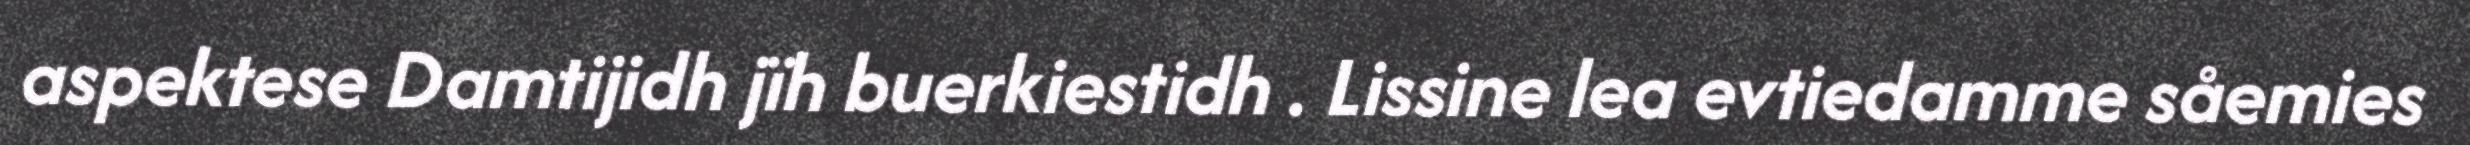
aspektese Damtijidh jïh buerkiestidh . Lissine lea evtiedamme såemies